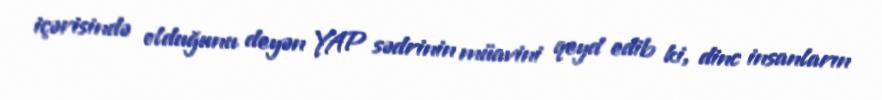
içərisində olduğunu deyən YAP sədrinin müavini qeyd edib ki, dinc insanların